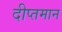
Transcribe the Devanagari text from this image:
दीप्तमान